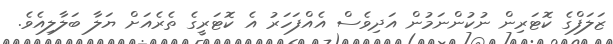
ޒަލަފްގެ ކޮޓަރިން ނުކުންނަމުން އަދިވެސް އެއްފަހަރު އެ ކޮޓަރީގެ ތެރެއަށް ޔަލާ ބަލާލިއެވެ.